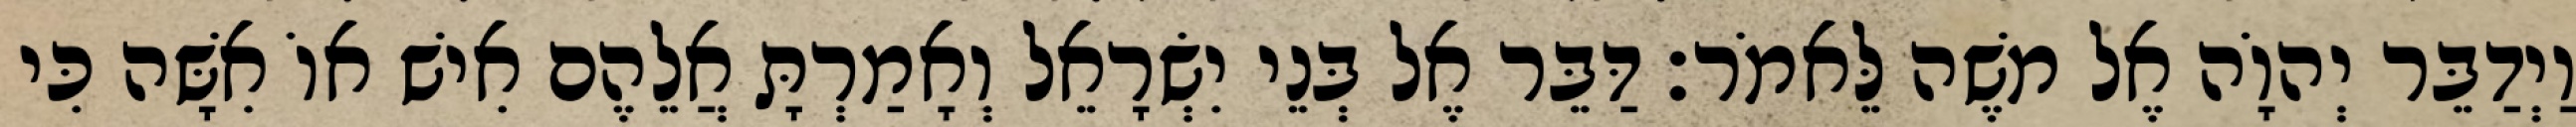
וַיְדַבֵּר יְהוָֹה אֶל משֶׁה לֵּאמֹר׃ דַּבֵּר אֶל בְּנֵי יִשְׂרָאֵל וְאָמַרְתָּ אֲלֵהֶם אִישׁ אוֹ אִשָּׁה כִּי